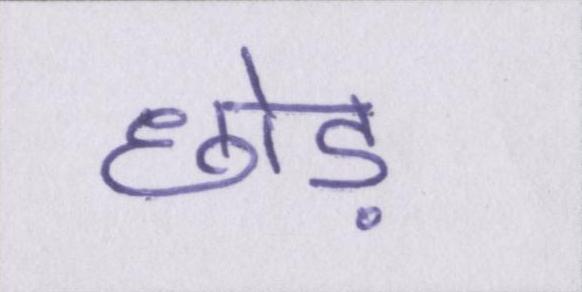
छोड़